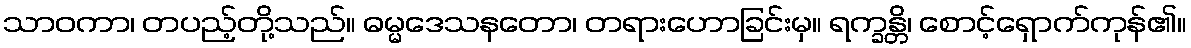
သာဝကာ၊ တပည့်တို့သည်။ ဓမ္မဒေသနတော၊ တရားဟောခြင်းမှ။ ရက္ခန္တိ၊ စောင့်ရှောက်ကုန်၏။